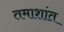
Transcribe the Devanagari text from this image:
तमाशांत